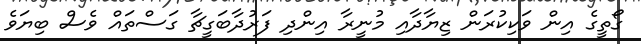
ގޯތީގެ އިން ވަކިކުރަން ޒިޔާދާއި މުނީރާ އިންދި ފަރުދާބަގީޗާ ގަސްތައް ވެސް ބިޔަވެ